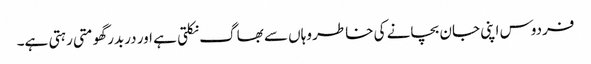
فردوس اپنی جان بچانے کی خاطر وہاں سے بھاگ نکلتی ہے اور دربدر گھومتی رہتی ہے۔